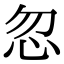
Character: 忽